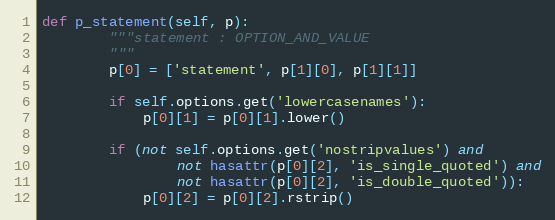
Language: Python
def p_statement(self, p):
        """statement : OPTION_AND_VALUE
        """
        p[0] = ['statement', p[1][0], p[1][1]]

        if self.options.get('lowercasenames'):
            p[0][1] = p[0][1].lower()

        if (not self.options.get('nostripvalues') and
                not hasattr(p[0][2], 'is_single_quoted') and
                not hasattr(p[0][2], 'is_double_quoted')):
            p[0][2] = p[0][2].rstrip()